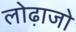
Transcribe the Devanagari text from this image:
लोढ़ाजो